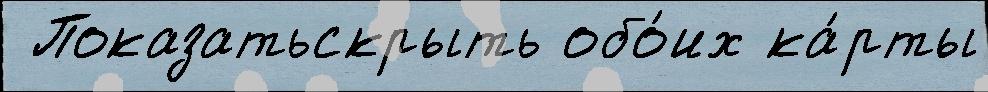
 Показатьскрыть обо́их ка́рты